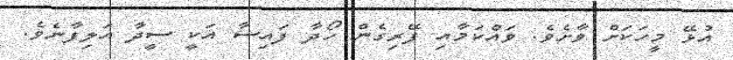
އުޅޭ މީހަކަށް ވާށެވެ. ވައްކަމާއި ފޭރިގެން ހޯދާ ފައިސާ އަކީ ސީދާ އަލިފާނެވެ.